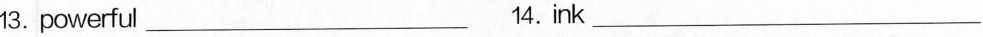
13.powerful_ 14.ink_